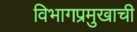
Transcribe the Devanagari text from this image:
विभागप्रमुखाची